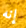
إنه